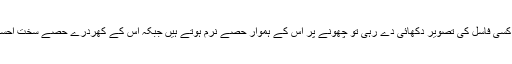
اسی طرح اگر کسی فاسل کی تصویر دکھائی دے رہی تو چھونے پر اس کے ہموار حصے نرم ہوتے ہیں جبکہ اس کے کھردرے حصے سخت احساس دیتے ہیں ۔